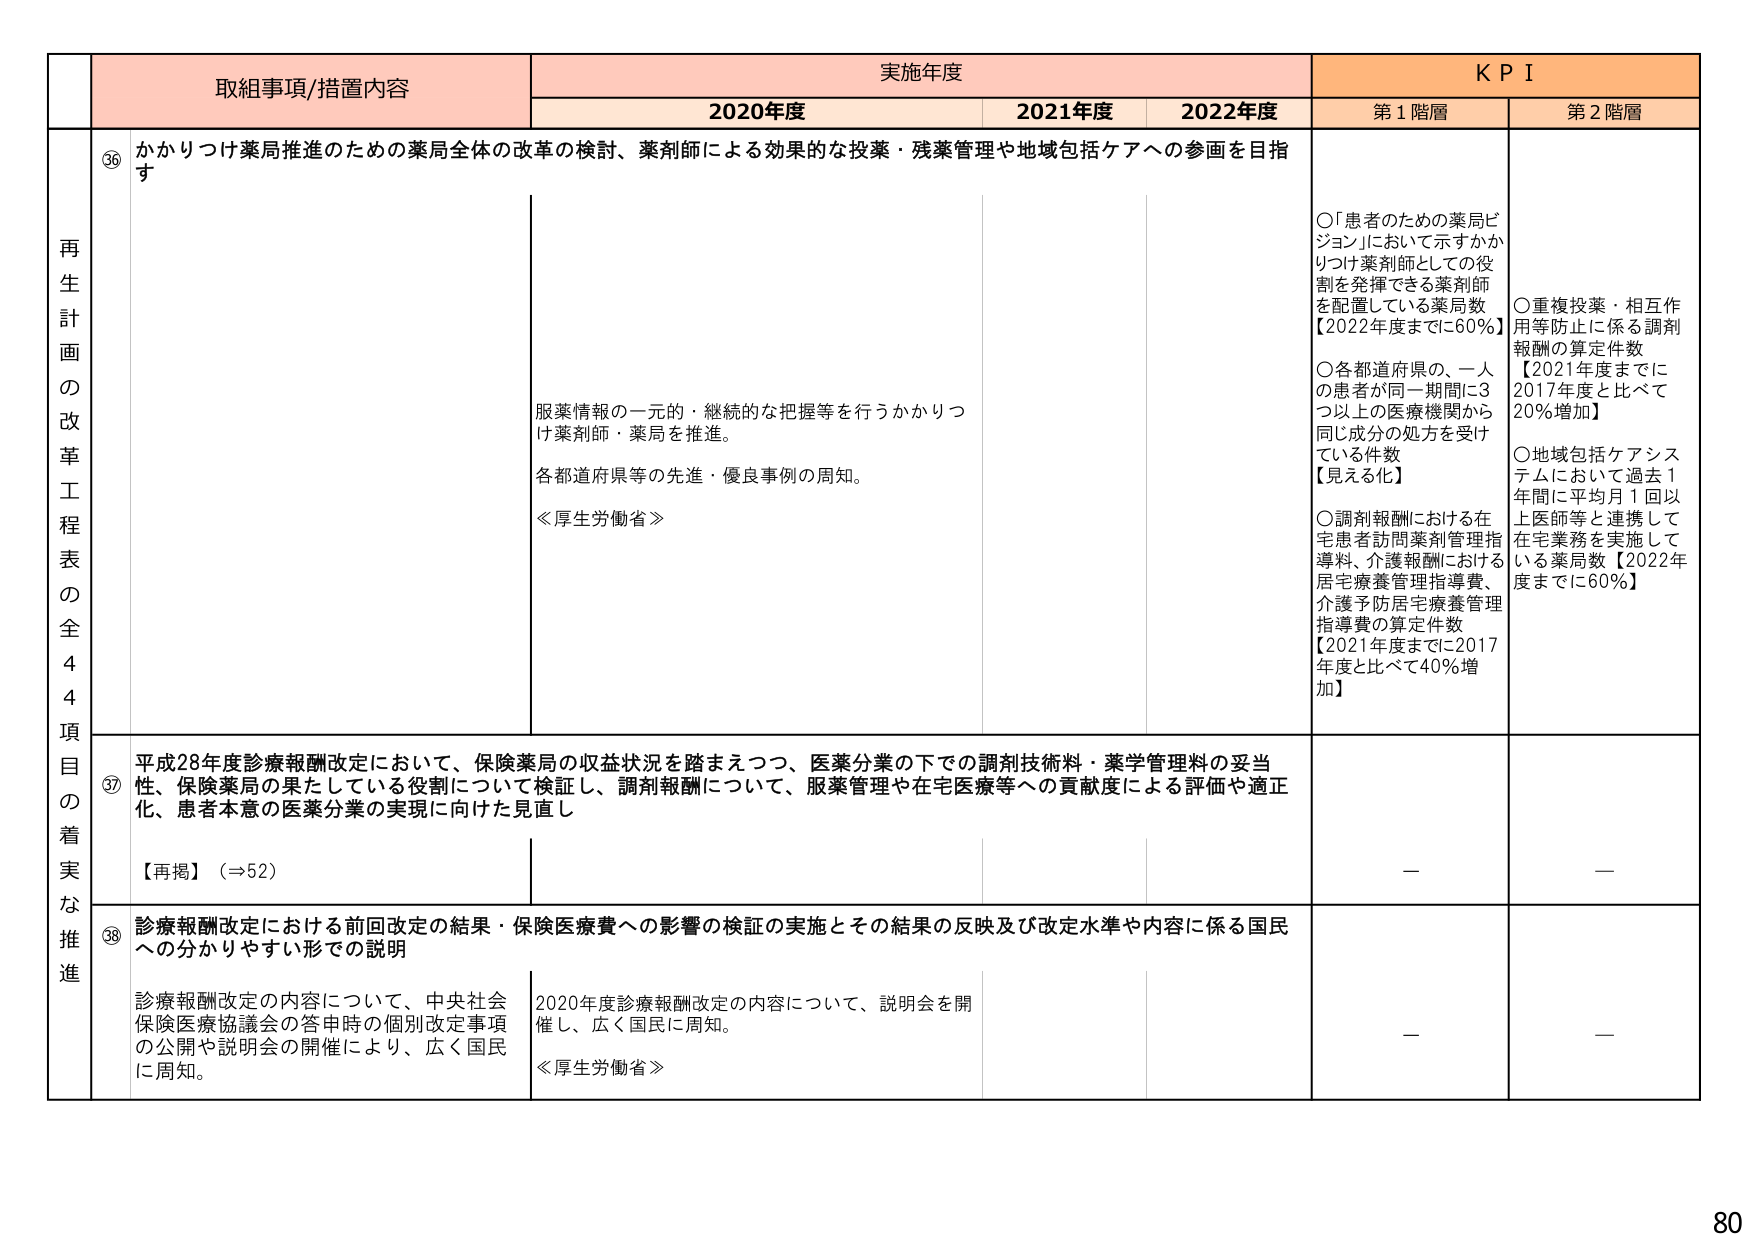
取組事項/措置内容 実施年度 KPI
2020年度 2021年度 2022年度 第1階層 第2階層
再生計画の改革工程表の全44項目の着実な推進
③6 かかりつけ薬局推進のための薬局全体の改革の検討、薬剤師による効果的な投薬・残薬管理や地域包括ケアへの参画を目指す
服薬情報の一元的・継続的な把握等を行うかかりつけ薬剤師・薬局を推進。
各都道府県等の先進・優良事例の周知。
≪厚生労働省≫
〇「患者のための薬局ビジョン」において示すかかりつけ薬剤師としての役割を発揮できる薬剤師を配置している薬局数【2022年度までに60%】
〇各都道府県の、一人の患者が同一期間に3つ以上の医療機関から同じ成分の処方を受けている件数【見える化】
〇調剤報酬における在宅患者訪問薬剤管理指導料、介護報酬における居宅療養管理指導費、介護予防居宅療養管理指導費の算定件数【2021年度までに2017年度と比べて40%増加】
〇重複投薬・相互作用等防止に係る調剤報酬の算定件数【2021年度までに2017年度と比べて20%増加】
〇地域包括ケアシステムにおいて過去1年間に平均月1回以上医師等と連携して在宅業務を実施している薬局数【2022年度までに60%】
③7 平成28年度診療報酬改定において、保険薬局の収益状況を踏まえつつ、医薬分業の下での調剤技術料・薬学管理料の妥当性、保険薬局の果たしている役割について検証し、調剤報酬について、服薬管理や在宅医療等への貢献度による評価や適正化、患者本意の医薬分業の実現に向けた見直し
【再掲】（⇒52）
— —
③8 診療報酬改定における前回改定の結果・保険医療費への影響の検証の実施とその結果の反映及び改定水準や内容に係る国民への分かりやすい形での説明
診療報酬改定の内容について、中央社会保険医療協議会の答申時の個別改定事項の公開や説明会の開催により、広く国民に周知。
2020年度診療報酬改定の内容について、説明会を開催し、広く国民に周知。
≪厚生労働省≫
— —
80